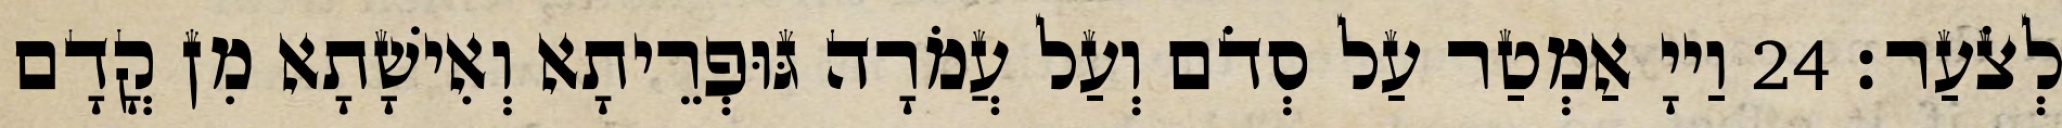
לְצֹעַר׃ 24 וַייָ אַמְטַר עַל סְדֹם וְעַל עֲמֹרָה גּוּפְרֵיתָא וְאִישָׁתָא מִן קֳדָם